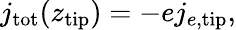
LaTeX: j_{\mathrm{tot}}(z_{\mathrm{tip}})=-ej_{e,\mathrm{tip}},